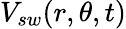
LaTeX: V_{sw}(r,\theta,t)